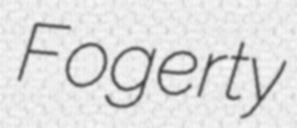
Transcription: Fogerty